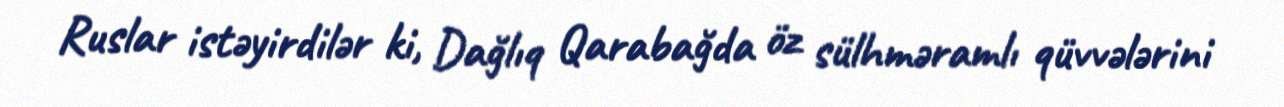
Ruslar istəyirdilər ki, Dağlıq Qarabağda öz sülhməramlı qüvvələrini